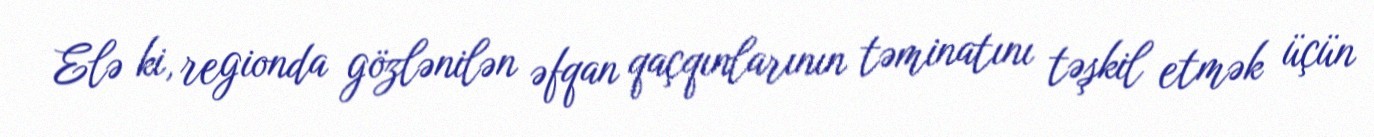
Elə ki, regionda gözlənilən əfqan qaçqınlarının təminatını təşkil etmək üçün